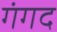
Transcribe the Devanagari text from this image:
गंगद